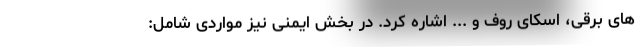
های برقی، اسکای روف و ... اشاره کرد. در بخش ایمنی نیز مواردی شامل: